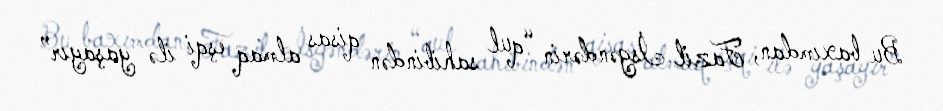
Bu baxımdan, Fazil İsgəndərin “qul sahibindən qisas almaq eşqi ilə yaşayır”